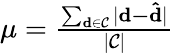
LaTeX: \begin{array}{r}{\mu=\frac{\sum_{\mathbf{d}\in\mathcal{C}}{|\mathbf{d-\hat{d}}|}}{|\mathcal{C}|}}\end{array}